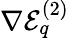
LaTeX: \nabla\mathcal{E}_{q}^{(2)}